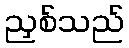
ညှစ်သည်